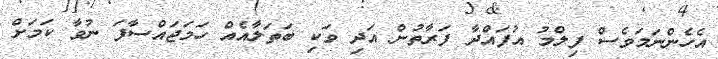
އެހެންނަމަވެސް ފިލްމު އުފައްދާ ފަރާތުން އަދި ވަކި ބަތަލާއެއް ހަމަޖައްސާފަ ނުވާ ކަމަށް